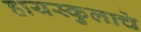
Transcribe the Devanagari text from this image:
हायस्कुलाचे